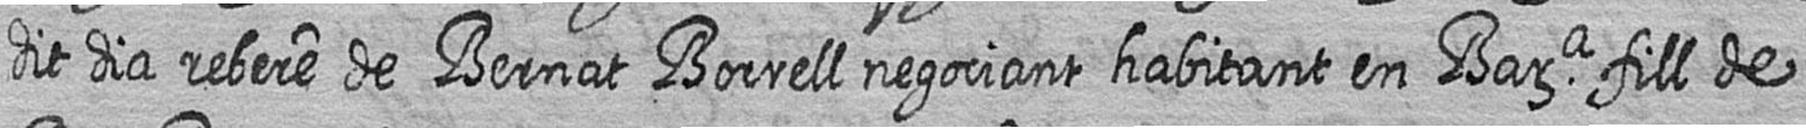
dit dia rebere de Bernat Borrell negociant habitant en Bara fill de